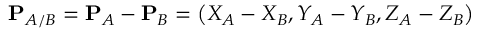
\mathbf { P } _ { A / B } = \mathbf { P } _ { A } - \mathbf { P } _ { B } = \left( X _ { A } - X _ { B } , Y _ { A } - Y _ { B } , Z _ { A } - Z _ { B } \right)